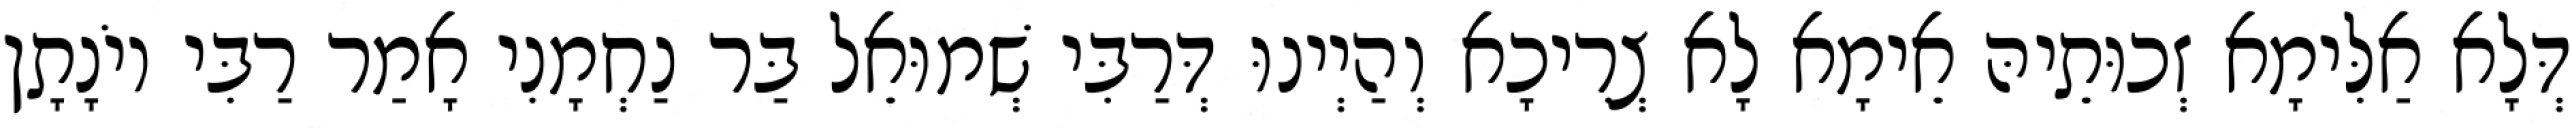
דְּלָא אַלִּימָא זְכוּתֵיהּ אֵימָא לָא צְרִיכָא וְהַיְינוּ דְּרַבִּי שְׁמוּאֵל בַּר נַחְמָנִי אָמַר רַבִּי יוֹנָתָן